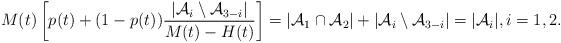
LaTeX: \begin{align*}&M(t)\left[p(t)+(1-p(t))\frac{|\mathcal{A}_i\setminus\mathcal{A}_{3-i}|}{M(t)-H(t)}\right]= |\mathcal{A}_1\cap\mathcal{A}_2|+|\mathcal{A}_i\setminus\mathcal{A}_{3-i}|=|\mathcal{A}_i|, i= 1,2.\end{align*}